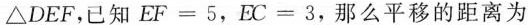
△DEF，已知$$E F = 5$$，$$E C = 3$$，那么平移的距离为